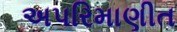
અપરિમાણીત